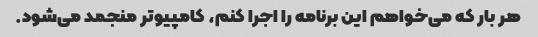
هر بار که می‌خواهم این برنامه را اجرا کنم، کامپیوتر منجمد می‌شود.